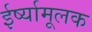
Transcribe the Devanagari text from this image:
ईर्ष्यामूलक